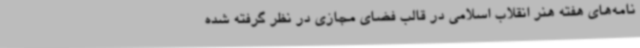
نامه‌های هفته هنر انقلاب اسلامی در قالب فضای مجازی در نظر گرفته شده